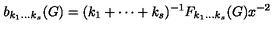
b _ { k _ { 1 } \ldots k _ { s } } ( G ) = ( k _ { 1 } + \cdots + k _ { s } ) ^ { - 1 } F _ { k _ { 1 } \ldots k _ { s } } ( G ) x ^ { - 2 }